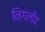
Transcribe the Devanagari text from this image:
निगलीव